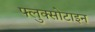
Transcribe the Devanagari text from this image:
फ्लुक्सोटाइन